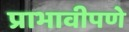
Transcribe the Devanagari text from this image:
प्राभावीपणे